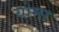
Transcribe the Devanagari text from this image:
योमर